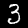
Digit: 3